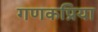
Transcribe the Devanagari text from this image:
गणकप्रिया